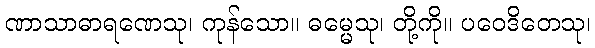
ဏာသာဓာရဏေသု၊ ကုန်သော။ ဓမ္မေသု၊ တို့ကို။ ပဝေဒိတေသု၊